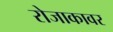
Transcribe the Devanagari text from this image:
रोजाकावर